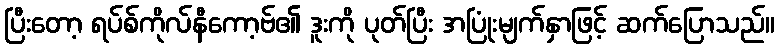
ပြီးတော့ ရပ်စ်ကိုလ်နီကော့ဗ်၏ ဒူးကို ပုတ်ပြီး အပြုံးမျက်နှာဖြင့် ဆက်ပြောသည်။